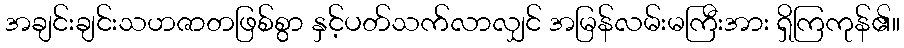
အချင်းချင်းသဟဇာတဖြစ်စွာ နှင့်ပတ်သက်လာလျှင် အမြန်လမ်းမကြီးအား ရှိကြကုန်၏။